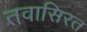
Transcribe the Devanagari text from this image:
तवासिरत